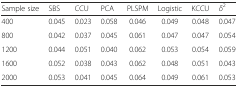
<table><thead><tr><td><b>Sample size</b></td><td><b>SBS</b></td><td><b>CCU</b></td><td><b>PCA</b></td><td><b>PLSPM</b></td><td><b>Logistic</b></td><td><b>KCCU</b></td><td><b><i>δ</i><sup>2</sup></b></td></tr></thead><tbody><tr><td>400</td><td>0.045</td><td>0.023</td><td>0.058</td><td>0.046</td><td>0.049</td><td>0.048</td><td>0.047</td></tr><tr><td>800</td><td>0.042</td><td>0.037</td><td>0.045</td><td>0.061</td><td>0.047</td><td>0.047</td><td>0.054</td></tr><tr><td>1200</td><td>0.044</td><td>0.051</td><td>0.040</td><td>0.062</td><td>0.053</td><td>0.054</td><td>0.059</td></tr><tr><td>1600</td><td>0.052</td><td>0.038</td><td>0.043</td><td>0.062</td><td>0.048</td><td>0.051</td><td>0.043</td></tr><tr><td>2000</td><td>0.053</td><td>0.041</td><td>0.045</td><td>0.064</td><td>0.049</td><td>0.061</td><td>0.053</td></tr></tbody></table>